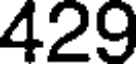
429